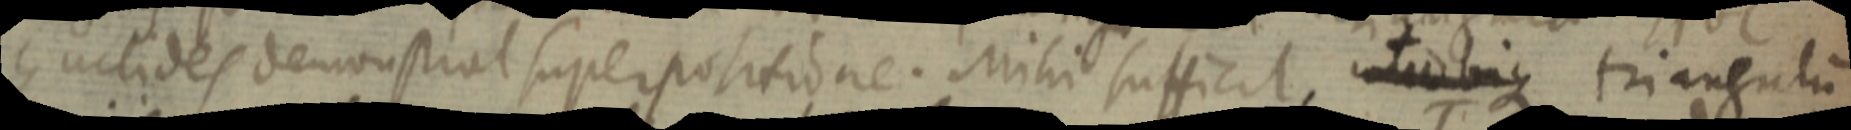
Euclides demonstrat superpositione. Mihi sufficit, utrique triangulum